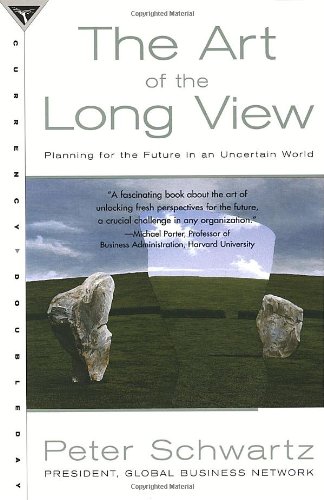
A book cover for The Art of the Long View: Planning for the Future in an Uncertain World; Peter Schwartz; Business & Money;